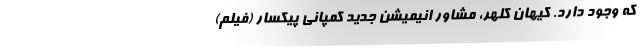
که وجود دارد. کیهان کلهر، مشاور انیمیشن جدید کمپانی پیکسار (فیلم)